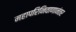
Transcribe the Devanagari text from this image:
महापरिनिवाणानंतर